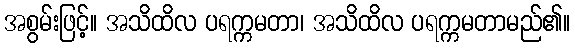
အစွမ်းဖြင့်။ အသိထိလ ပရက္ကမတာ၊ အသိထိလ ပရက္ကမတာမည်၏။